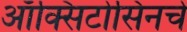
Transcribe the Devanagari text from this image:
ऑक्सिटोसिनचे